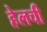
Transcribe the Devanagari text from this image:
हेलची